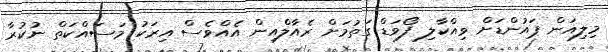
މިލިއަން ޕައުންޑަށް ވިއްކާލި ފޯވަޑް ގަތުމަށް ރެއާލްއިން އެއްވެސް އިރަކު މަސައްކަތް ނުކުރާ